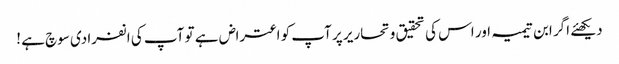
دیکھئے اگر ابن تیمیہ اور اس کی تحقیق و تحاریر پر آپ کو اعتراض ہے تو آپ کی انفرادی سوچ ہے !